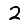
Digit: 2